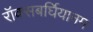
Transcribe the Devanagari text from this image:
रॉक्सबर्घियानम